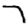
Digit: 7